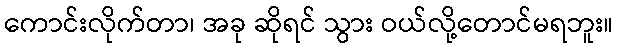
ကောင်းလိုက်တာ၊ အခု ဆိုရင် သွား ဝယ်လို့တောင်မရဘူး။